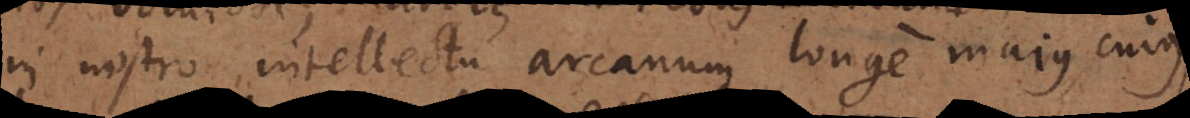
in nostro intellectu arcanum longe majus cujus